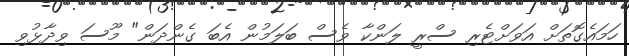
ހަމައެގޮތަށް އަވަށްޓެރި ސްރީ ލަންކާ ވެސް ބަލަމުން އެބަ ގެންދަން" މޫސަ ވިދާޅުވި